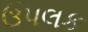
ઉપલક